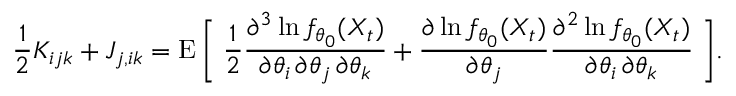
{ \frac { 1 } { 2 } } K _ { i j k } + J _ { j , i k } = \operatorname { E } { \bigg [ } \; { \frac { 1 } { 2 } } { \frac { \partial ^ { 3 } \ln f _ { \theta _ { 0 } } ( X _ { t } ) } { \partial \theta _ { i } \, \partial \theta _ { j } \, \partial \theta _ { k } } } + { \frac { \partial \ln f _ { \theta _ { 0 } } ( X _ { t } ) } { \partial \theta _ { j } } } { \frac { \partial ^ { 2 } \ln f _ { \theta _ { 0 } } ( X _ { t } ) } { \partial \theta _ { i } \, \partial \theta _ { k } } } \; { \bigg ] } .